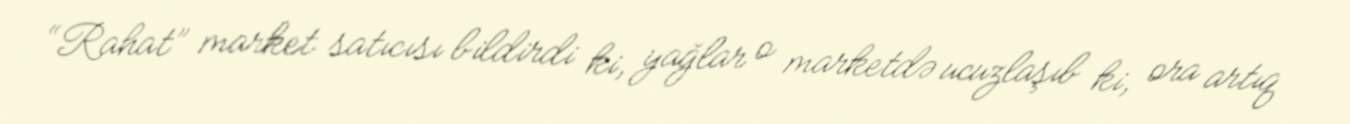
“Rahat” market satıcısı bildirdi ki, yağlar o marketdə ucuzlaşıb ki, ora artıq